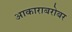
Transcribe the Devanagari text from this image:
आकाराबरोबर